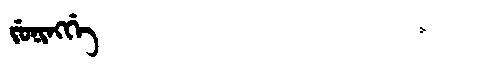
Manchu: ᠵᡠᠨᡳᠩᡤᡝ
Romanization: JUNINGGE